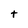
Character: t